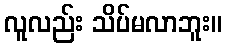
လူလည်း သိပ်မလာဘူး။